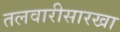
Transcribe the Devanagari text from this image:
तलवारीसारखा